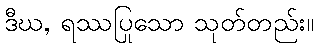
ဒီဃ, ရဿပြုသော သုတ်တည်း။